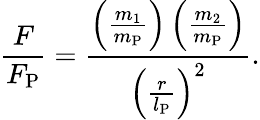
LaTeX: {\frac{F}{F_{\mathrm{P}}}}={\frac{\left({\frac{m_{1}}{m_{\mathrm{P}}}}\right)\left({\frac{m_{2}}{m_{\mathrm{P}}}}\right)}{\left({\frac{r}{l_{\mathrm{P}}}}\right)^{2}}}.